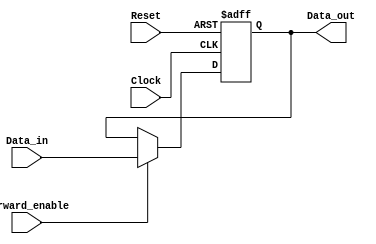
module ForwardingRegister (
    input wire [31:0] Data_in,       // Input data to be stored in the register
    input wire Forward_enable,        // Control signal to determine forwarding
    input wire Clock,                 // Clock signal for synchronous operation
    input wire Reset,                 // Asynchronous reset signal
    output reg [31:0] Data_out        // Output of the register
);

    // Asynchronous reset logic
    always @(posedge Clock or posedge Reset) begin
        if (Reset) begin
            Data_out <= 32'b0;         // Clear the register on reset
        end else if (Forward_enable) begin
            Data_out <= Data_in;       // Forward the input data
        end
        // If Forward_enable is low, hold previous value (implicit)
    end

endmodule